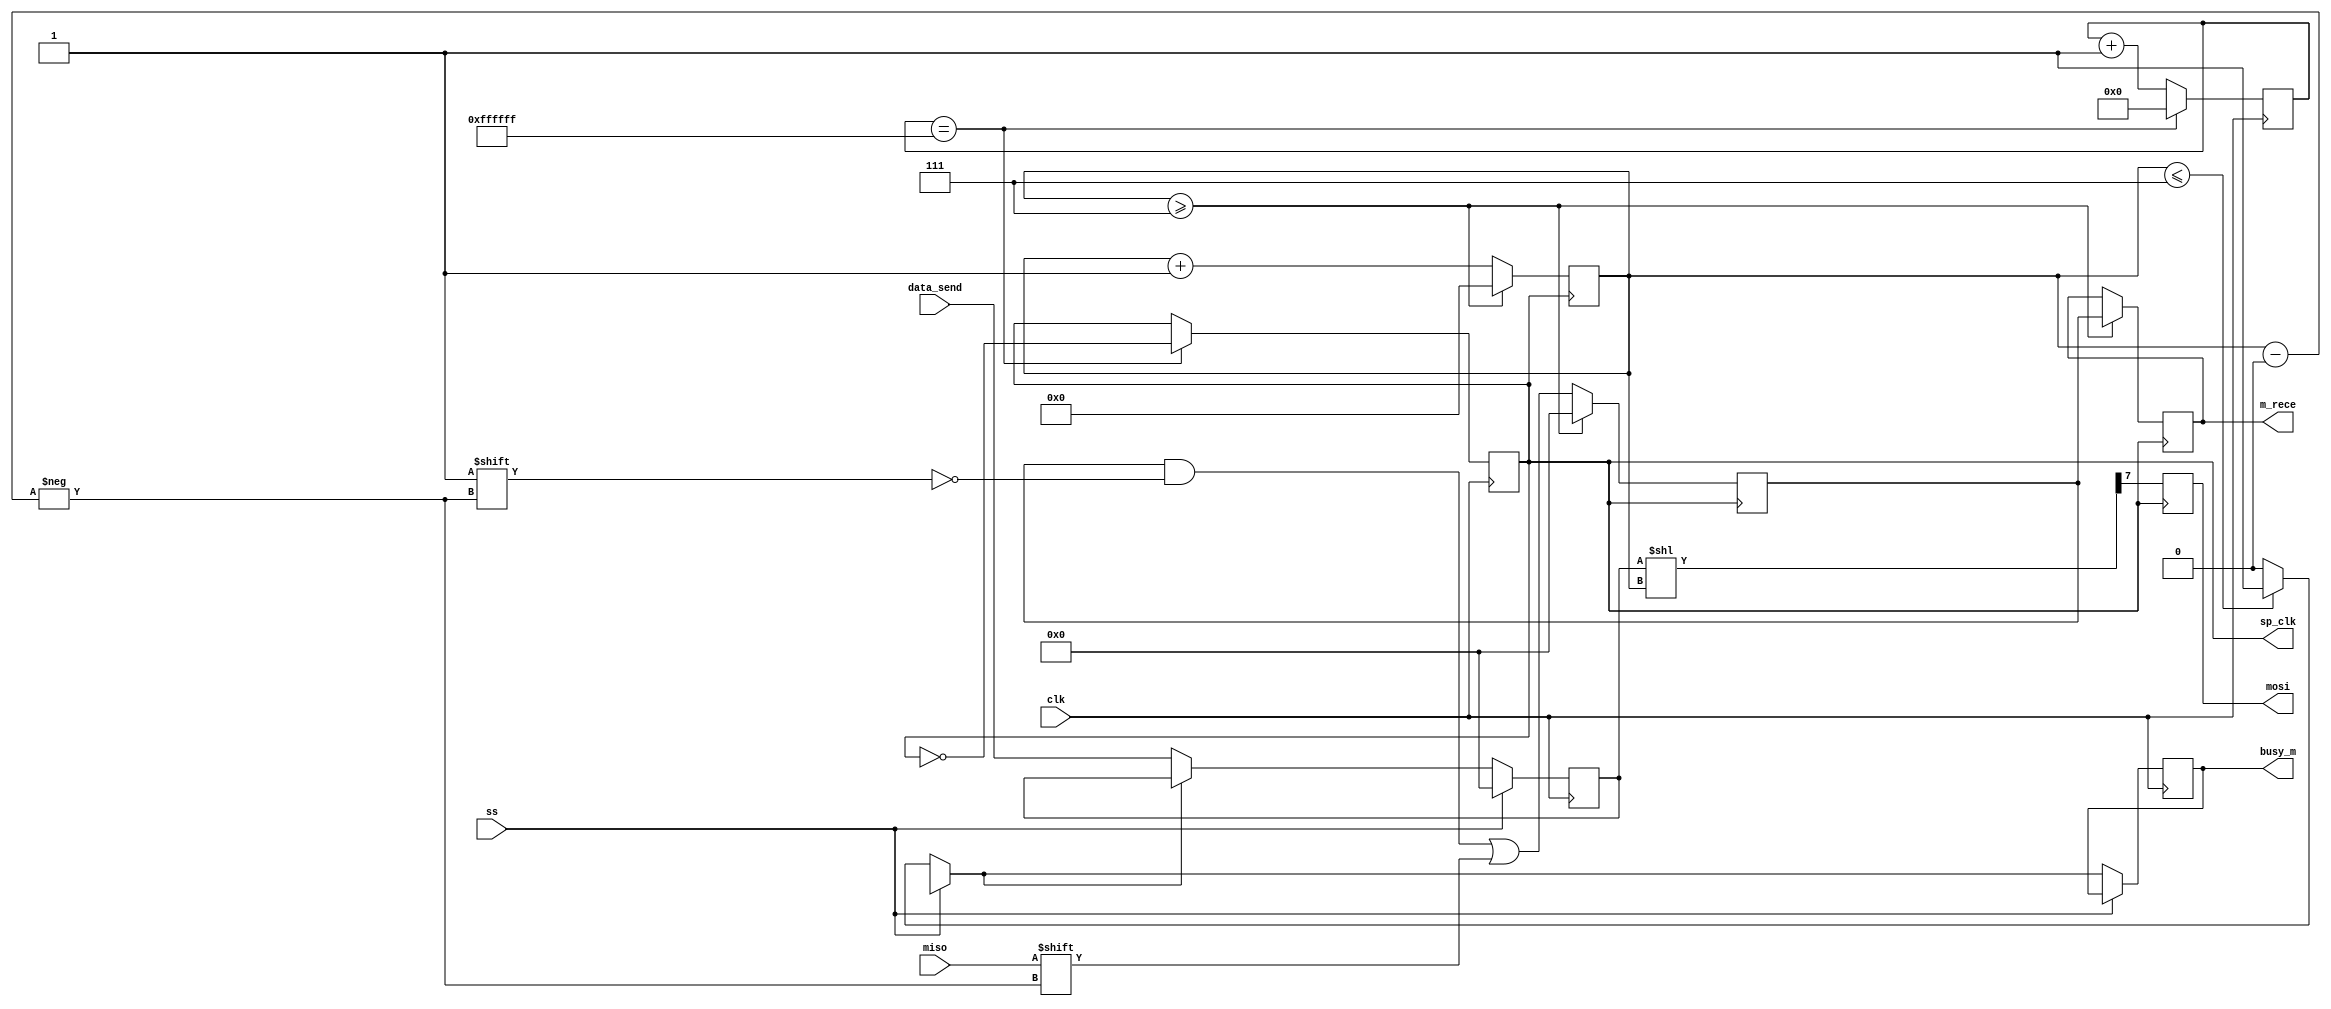
`timescale 1ns / 1ps
//////////////////////////////////////////////////////////////////////////////////
// Company: UET Lahore
// 
// Design Name: 
// Module Name: sp1_m
// Project Name: 
// Target Devices: 
// Tool Versions: 
// Description: 
// 
// Dependencies: 
// 
// Revision:
// Revision 0.01 - File Created
// Additional Comments:
// 
//////////////////////////////////////////////////////////////////////////////////


module sp1_m(input [7:0] data_send,
    input clk,
    input miso,
    input ss,
    output reg mosi,
    output reg sp_clk,
    output reg busy_m,
    output reg [7:0] m_rece
    );
    //reg temp_clk;
    reg [7:0] m_data;
    reg [7:0] mosi_buf;
    reg [7:0] miso_buf;
    reg [3:0] i_m;
    //wire sclk;
    reg [24:0] count = 0;
    initial begin
    mosi=0;
    //busy_m = 0;
    m_data = 0;
    mosi_buf = 0;
    miso_buf = 0;
    i_m = 0;


    sp_clk=0;
    end
    
    always @ (posedge clk)
    begin
        if (count == 24'hFFFFFF)
        begin
            sp_clk <= ~sp_clk;
            count <= 0;
        end
        else
            count <= count + 1;
           
    end
    
    
    
    always @ (posedge clk)
    begin
            if (ss == 0)
            begin
		if (i_m <= 7)   //if 8 bits are not transferred
            busy_m = 1;
		else
			busy_m = 0;
        if (busy_m == 1)
            m_data = m_data;
        else
            m_data = data_send;
            end
            else
                m_data = 0;
    end
    
    always @ (posedge sp_clk)
    begin
    mosi_buf = m_data<<i_m; 
    mosi <= mosi_buf[7];
    end
    always @ (negedge sp_clk)
    begin
    miso_buf[i_m] <= miso;

    if (i_m>=7)     //if 8 bits transferred successfully
    begin
    m_rece <= miso_buf;
    i_m<=0;
    miso_buf <= 0;
    //busy_m <= 0;
    end 
    else
        i_m = i_m+1;
    end
endmodule